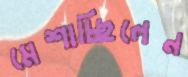
মেশাচ্ছিলেন